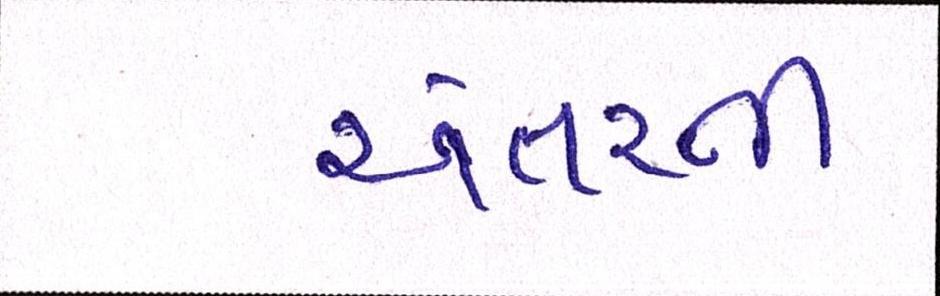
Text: અંતરની